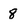
Character: 8